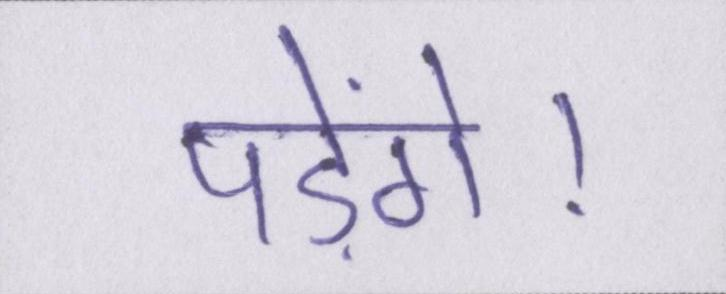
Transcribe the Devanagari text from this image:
पड़ेंगे।